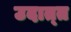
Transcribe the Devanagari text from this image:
उदात्‍त